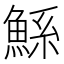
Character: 鯀